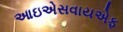
આઇએસવાયએફ